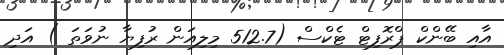
އާއި ބޭންކް ޕްރޮފިޓް ޓެކްސް (512.7 މިލިއަން ރުފިޔާ ނުވަތަ ) އަދި